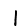
Digit: 1